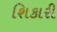
શિકારી